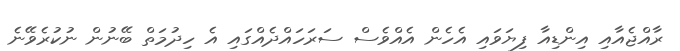
ރާއްޖެއާއި އިންޑިއާ ފިޔަވައި އެހެން އެއްވެސް ސަރަހައްދެއްގައި އެ ހިދުމަތް ބޭނުން ނުކުރެވޭނެ